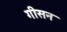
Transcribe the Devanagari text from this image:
गीसन